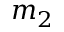
m _ { 2 }